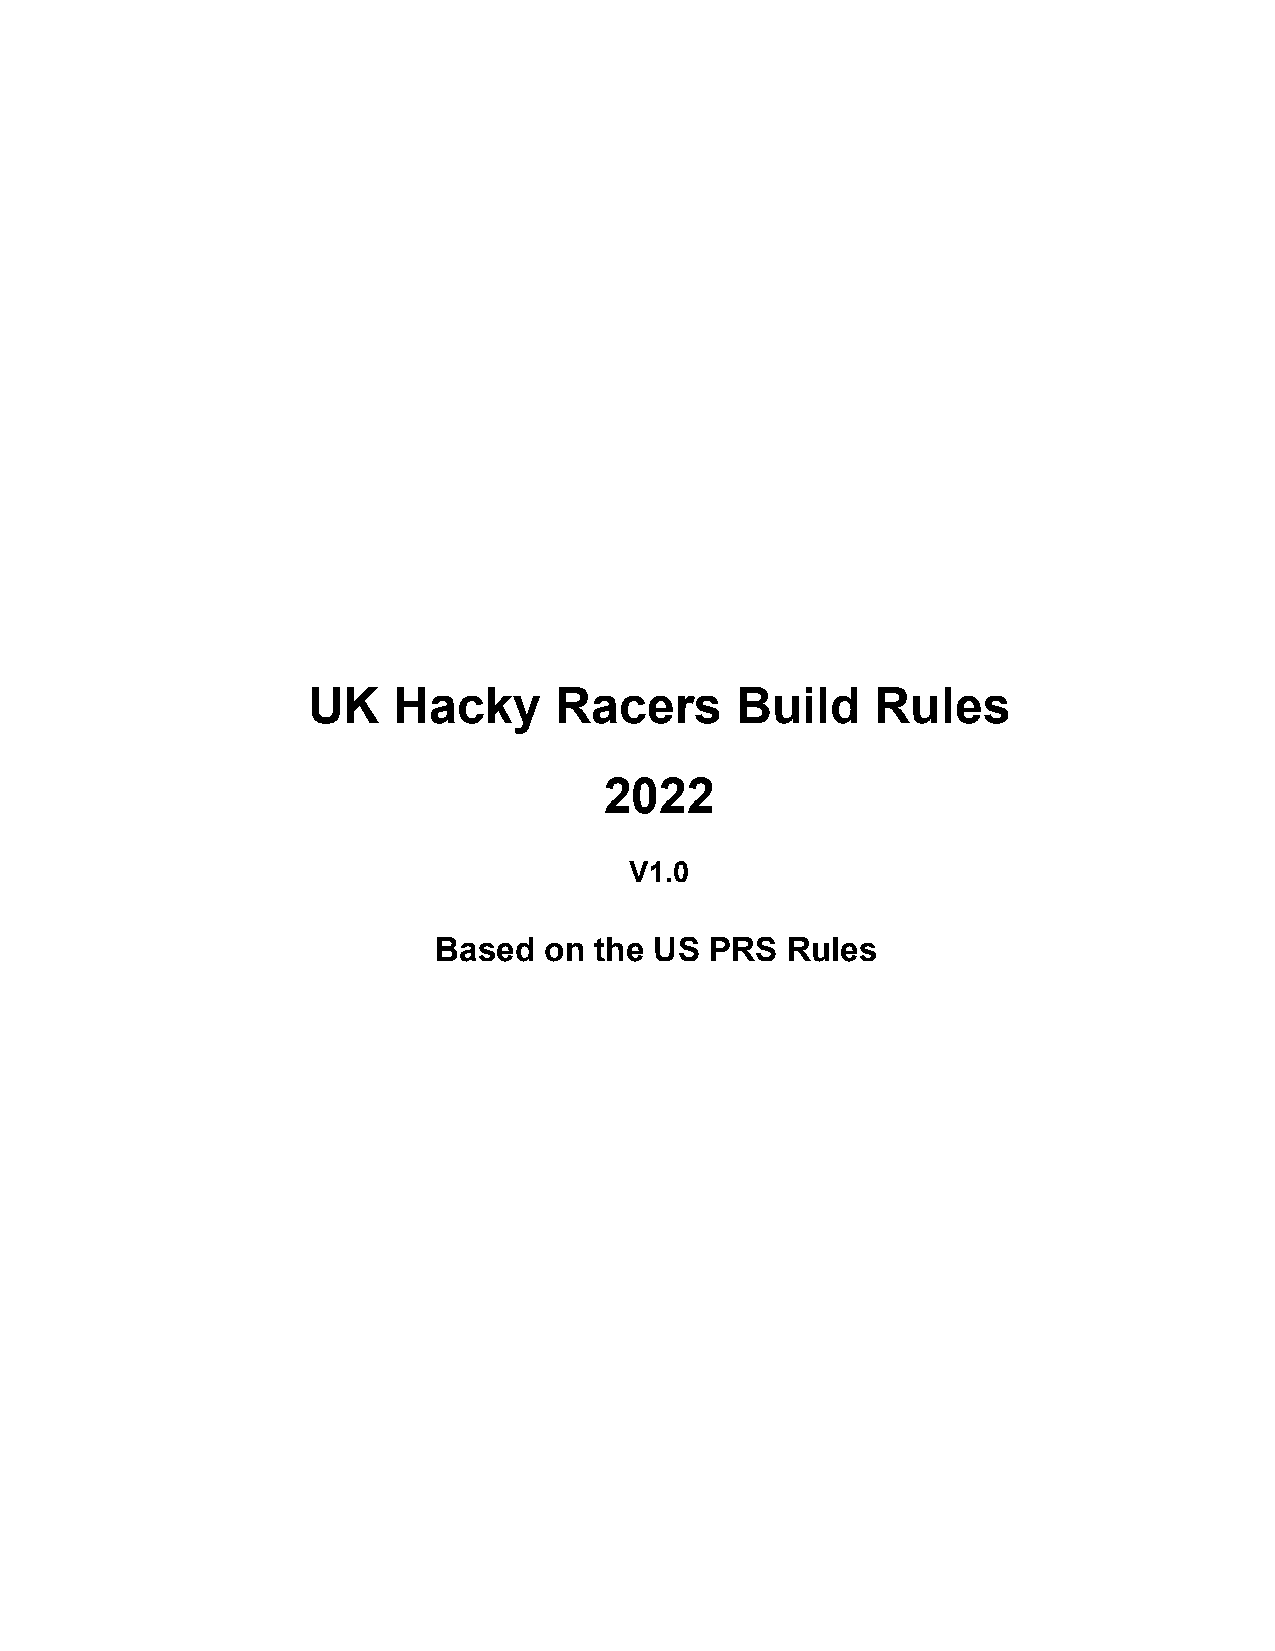
UK    Hacky      Racers      Build    Rules
 2022
 V1.0
 Based  on the US  PRS  Rules